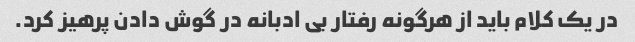
در یک کلام باید از هرگونه رفتار بی ادبانه در گوش دادن پرهیز کرد.